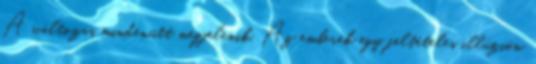
A változás mindenütt megjelenik. Az emberek egy feltételes illúzión